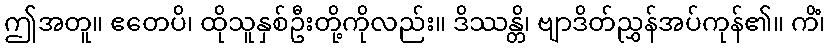
ဤအတူ။ ဧတေပိ၊ ထိုသူနှစ်ဦးတို့ကိုလည်း။ ဒိဿန္တိ၊ ဗျာဒိတ်ညွှန်အပ်ကုန်၏။ ကိံ၊